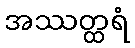
အဿတ္ထရံ